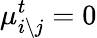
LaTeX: \mu_{i\setminus j}^{t}=0